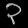
Digit: ၃